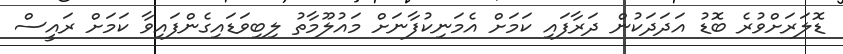
ޑޮލަރަށްވުރެ ބޮޑު އަދަދަކުން ދަރާފައި ކަމަށް އެމަނިކުފާނަށް މައުލޫމާތު ލިބިވަޑައިގެންފައިވާ ކަމަށް ރައީސް